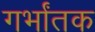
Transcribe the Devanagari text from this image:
गर्भांतक